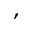
,